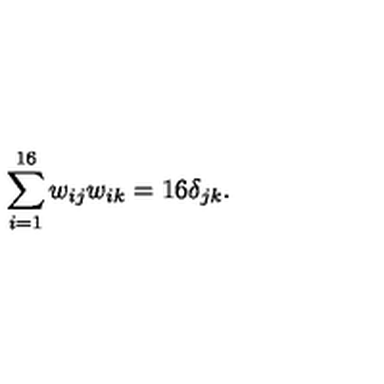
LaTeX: \sum _ { i = 1 } ^ { 1 6 } w _ { i j } w _ { i k } = 1 6 \delta _ { j k } .